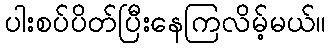
ပါးစပ်ပိတ်ပြီးနေကြလိမ့်မယ်။